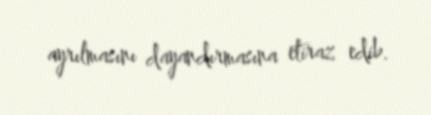
ayrılmasını dayandırmasına etiraz edib.